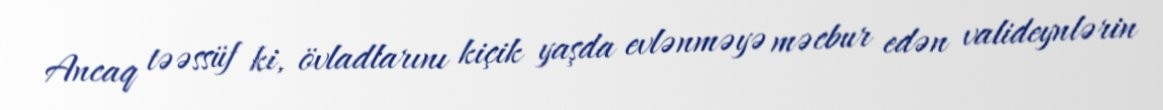
Ancaq təəssüf ki, övladlarını kiçik yaşda evlənməyə məcbur edən valideynlərin